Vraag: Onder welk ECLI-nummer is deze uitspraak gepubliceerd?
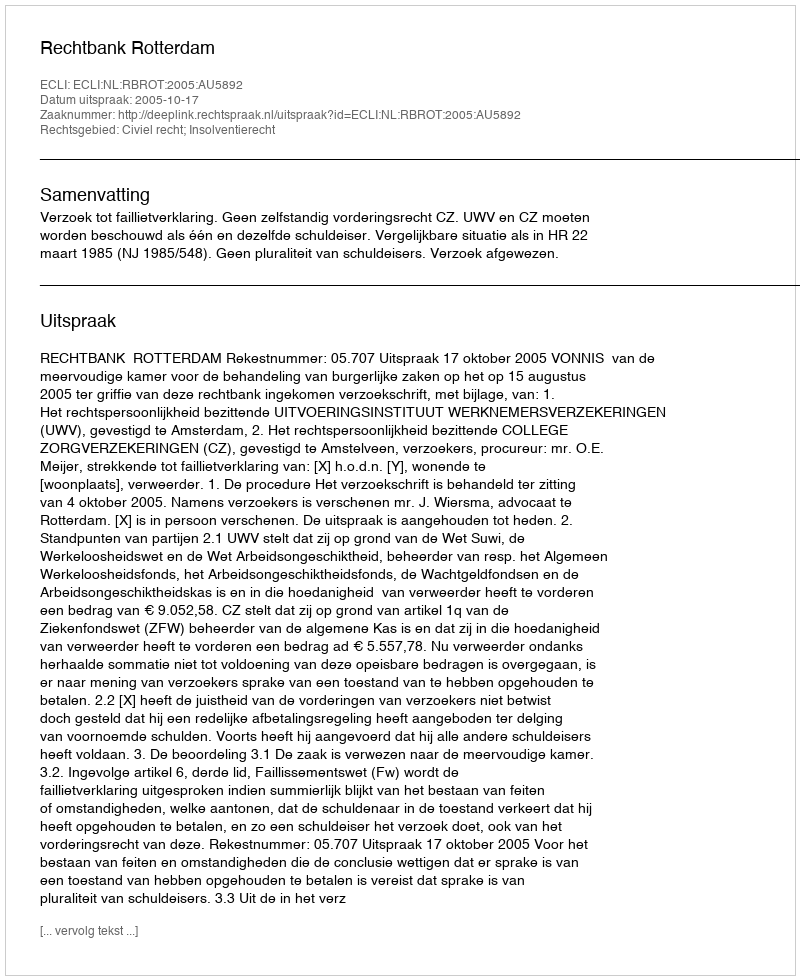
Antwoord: ECLI:NL:RBROT:2005:AU5892